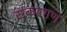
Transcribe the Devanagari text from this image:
संकरगण